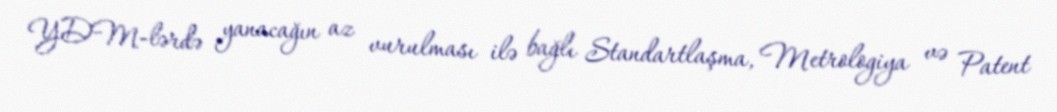
YDM-lərdə yanacağın az vurulması ilə bağlı Standartlaşma, Metrologiya və Patent